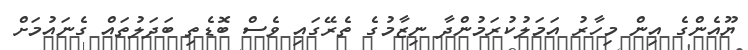
ޔޫއެންގެ އިން މިހާރު އަމަލުކުރަމުންދާ ނިޒާމުގެ ތެރޭގައި ވެސް ބޮޑެތި ބަދަލުތައް ގެނައުމަށް